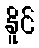
နိူင်